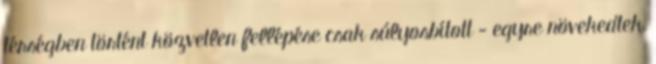
térségben történt közvetlen fellépése csak súlyosbított - egyre növekedtek,